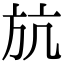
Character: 斻